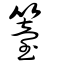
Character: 籉